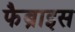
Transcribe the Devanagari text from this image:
फैब्राइस